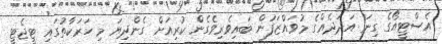
އެސްޓީއޯގެ ގިނަ އަދަދެއްގެ މުވައްޒަފުން ބައިވެރިވެގެން ކުރިއަށް ގެންދިޔަ މި ހަރަކާތުގައި ޓީޖެޓީ